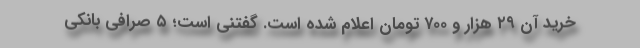
خرید آن ۲۹ هزار و ۷۰۰ تومان اعلام شده است. گفتنی است؛ ۵ صرافی بانکی